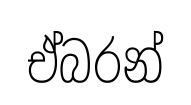
ඒබරන්